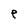
Character: e